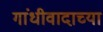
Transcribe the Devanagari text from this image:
गांधीवादाच्या